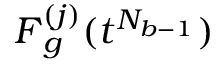
\boldsymbol { F } _ { g } ^ { ( j ) } ( t ^ { N _ { b - 1 } } )